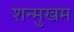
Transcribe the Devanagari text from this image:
शन्मुखम